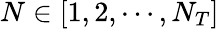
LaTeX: N\in[1,2,\cdots,N_{T}]